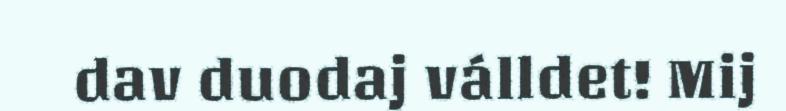
dav duodaj válldet! Mij